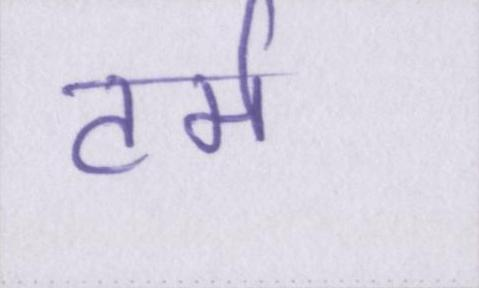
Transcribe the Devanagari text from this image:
टर्म